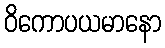
ဝိကောပယမာနော